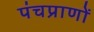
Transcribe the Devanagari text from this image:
पंचप्राणों